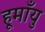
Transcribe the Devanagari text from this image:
हूमाँयु